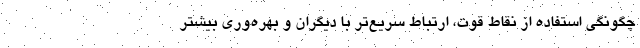
چگونگی استفاده از نقاط قوت، ارتباط سریع‌تر با دیگران و بهره‌وری بیشتر